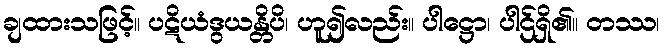
ချထားသဖြင့်။ ပဋိယံဒွယန္တိပိ၊ ဟူ၍လည်း။ ပါဋ္ဌော၊ ပါဌ်ရှိ၏။ တဿ၊